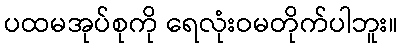
ပထမအုပ်စုကို ရေလုံးဝမတိုက်ပါဘူး။